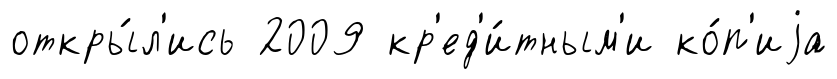
откры́л'ись 2009 кр'ед'и́тным'и ко́п'иjа